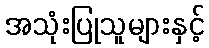
အသုံးပြုသူများနှင့်